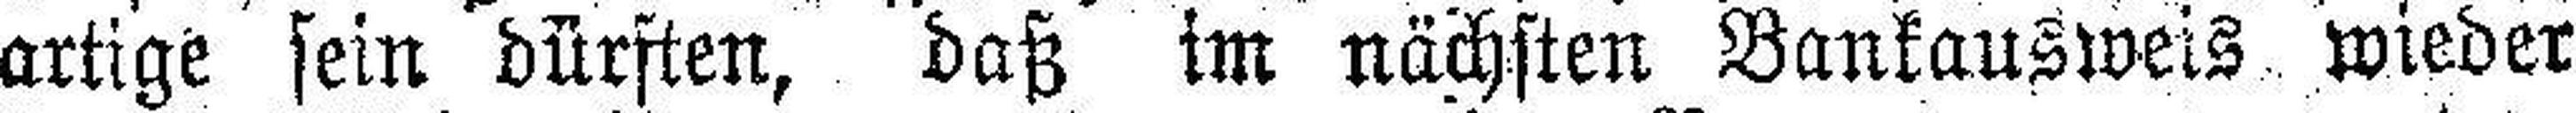
artige sein dürften, daß im nächsten Bankausweis, wieder